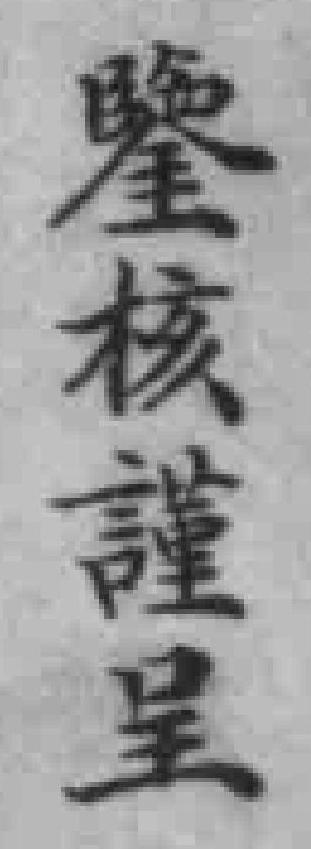
鑒核謹呈